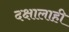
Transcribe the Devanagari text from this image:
दक्षालाही